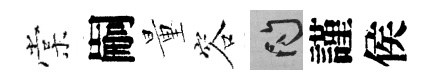
棠嗣量容問謹侯